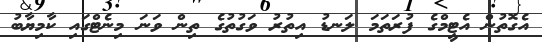
އެގޮތުން އެޓީމްގެ ފުރަތަމަ ލަނޑު އިތުރު ވަގުތުގެ ތިން ވަނަ މިނެޓްގައި ކާމިޔާބު